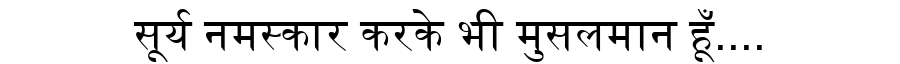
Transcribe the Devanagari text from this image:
सूर्य नमस्कार करके भी मुसलमान हूँ....